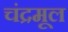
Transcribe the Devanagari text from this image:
चंद्रमूल